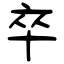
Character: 卒